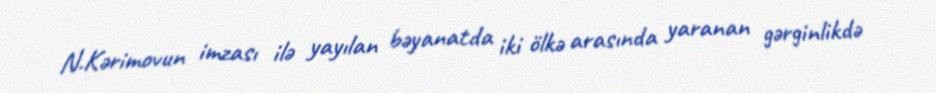
N.Kərimovun imzası ilə yayılan bəyanatda iki ölkə arasında yaranan gərginlikdə